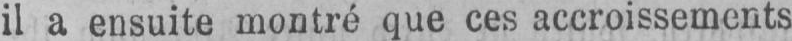
il a ensuite montré que ces accroissements